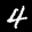
Label: 4